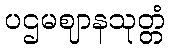
ပဌမဈာနသုတ္တံ